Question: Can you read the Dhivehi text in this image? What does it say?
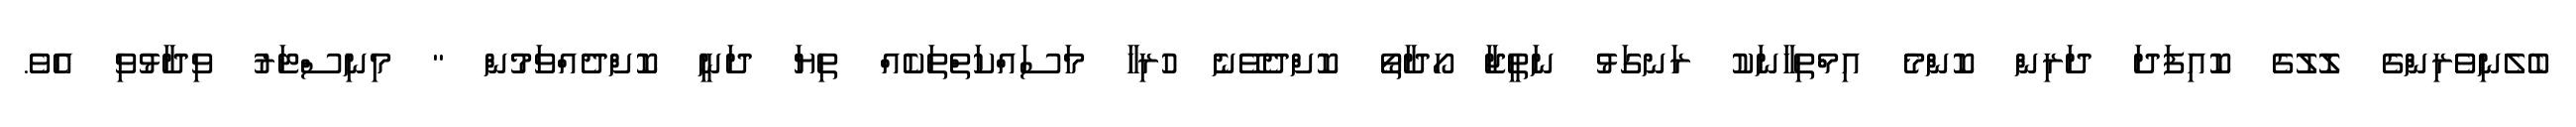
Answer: ބެލެނިވެރިންގެ ލޮލުގެ ކޮއިފަދަ ދަރިން ކޮންމެ އިމްތިހާނަކު ރަނގަޅު ނަތީޖާ ހޯދާތޯ ކޮށްދެވޭނެ ހުރިހާ މަސައްކަތްތަކެއް ތިޔަ ދަނީ ކޮށްދެއްވަމުން " މިނިސްޓަރު ވިދާޅުވި އެވެ.